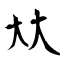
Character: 夶